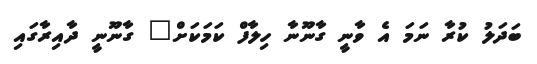
ބަދަލު ކުރާ ނަމަ އެ ވާނީ ގާނޫނާ ހިލާފް ކަމަކަށް" ގާނޫނީ ދާއިރާގައި